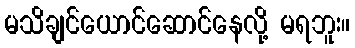
မသိချင်ယောင်ဆောင်နေလို့ မရဘူး။